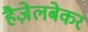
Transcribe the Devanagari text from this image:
हैज़ेलबेकर